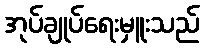
အုပ်ချုပ်ရေးမှူးသည်